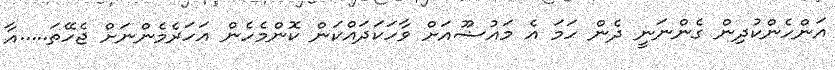
އަންހެންކުދިން ގެންނަނީ ދެން ހަމަ އެ މައުޟޫއަށް ވާހަކަދައްކަން ކޮންމެހެން އަހަރެމެންނަށް ޖެހޭތަ.....އާ